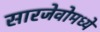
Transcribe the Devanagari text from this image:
सारजेवोमध्ये